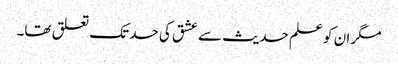
مگر ان کو علم حدیث سے عشق کی حد تک تعلق تھا۔